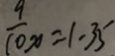
\frac { 9 } { 1 0 } x = 1 - 3 5